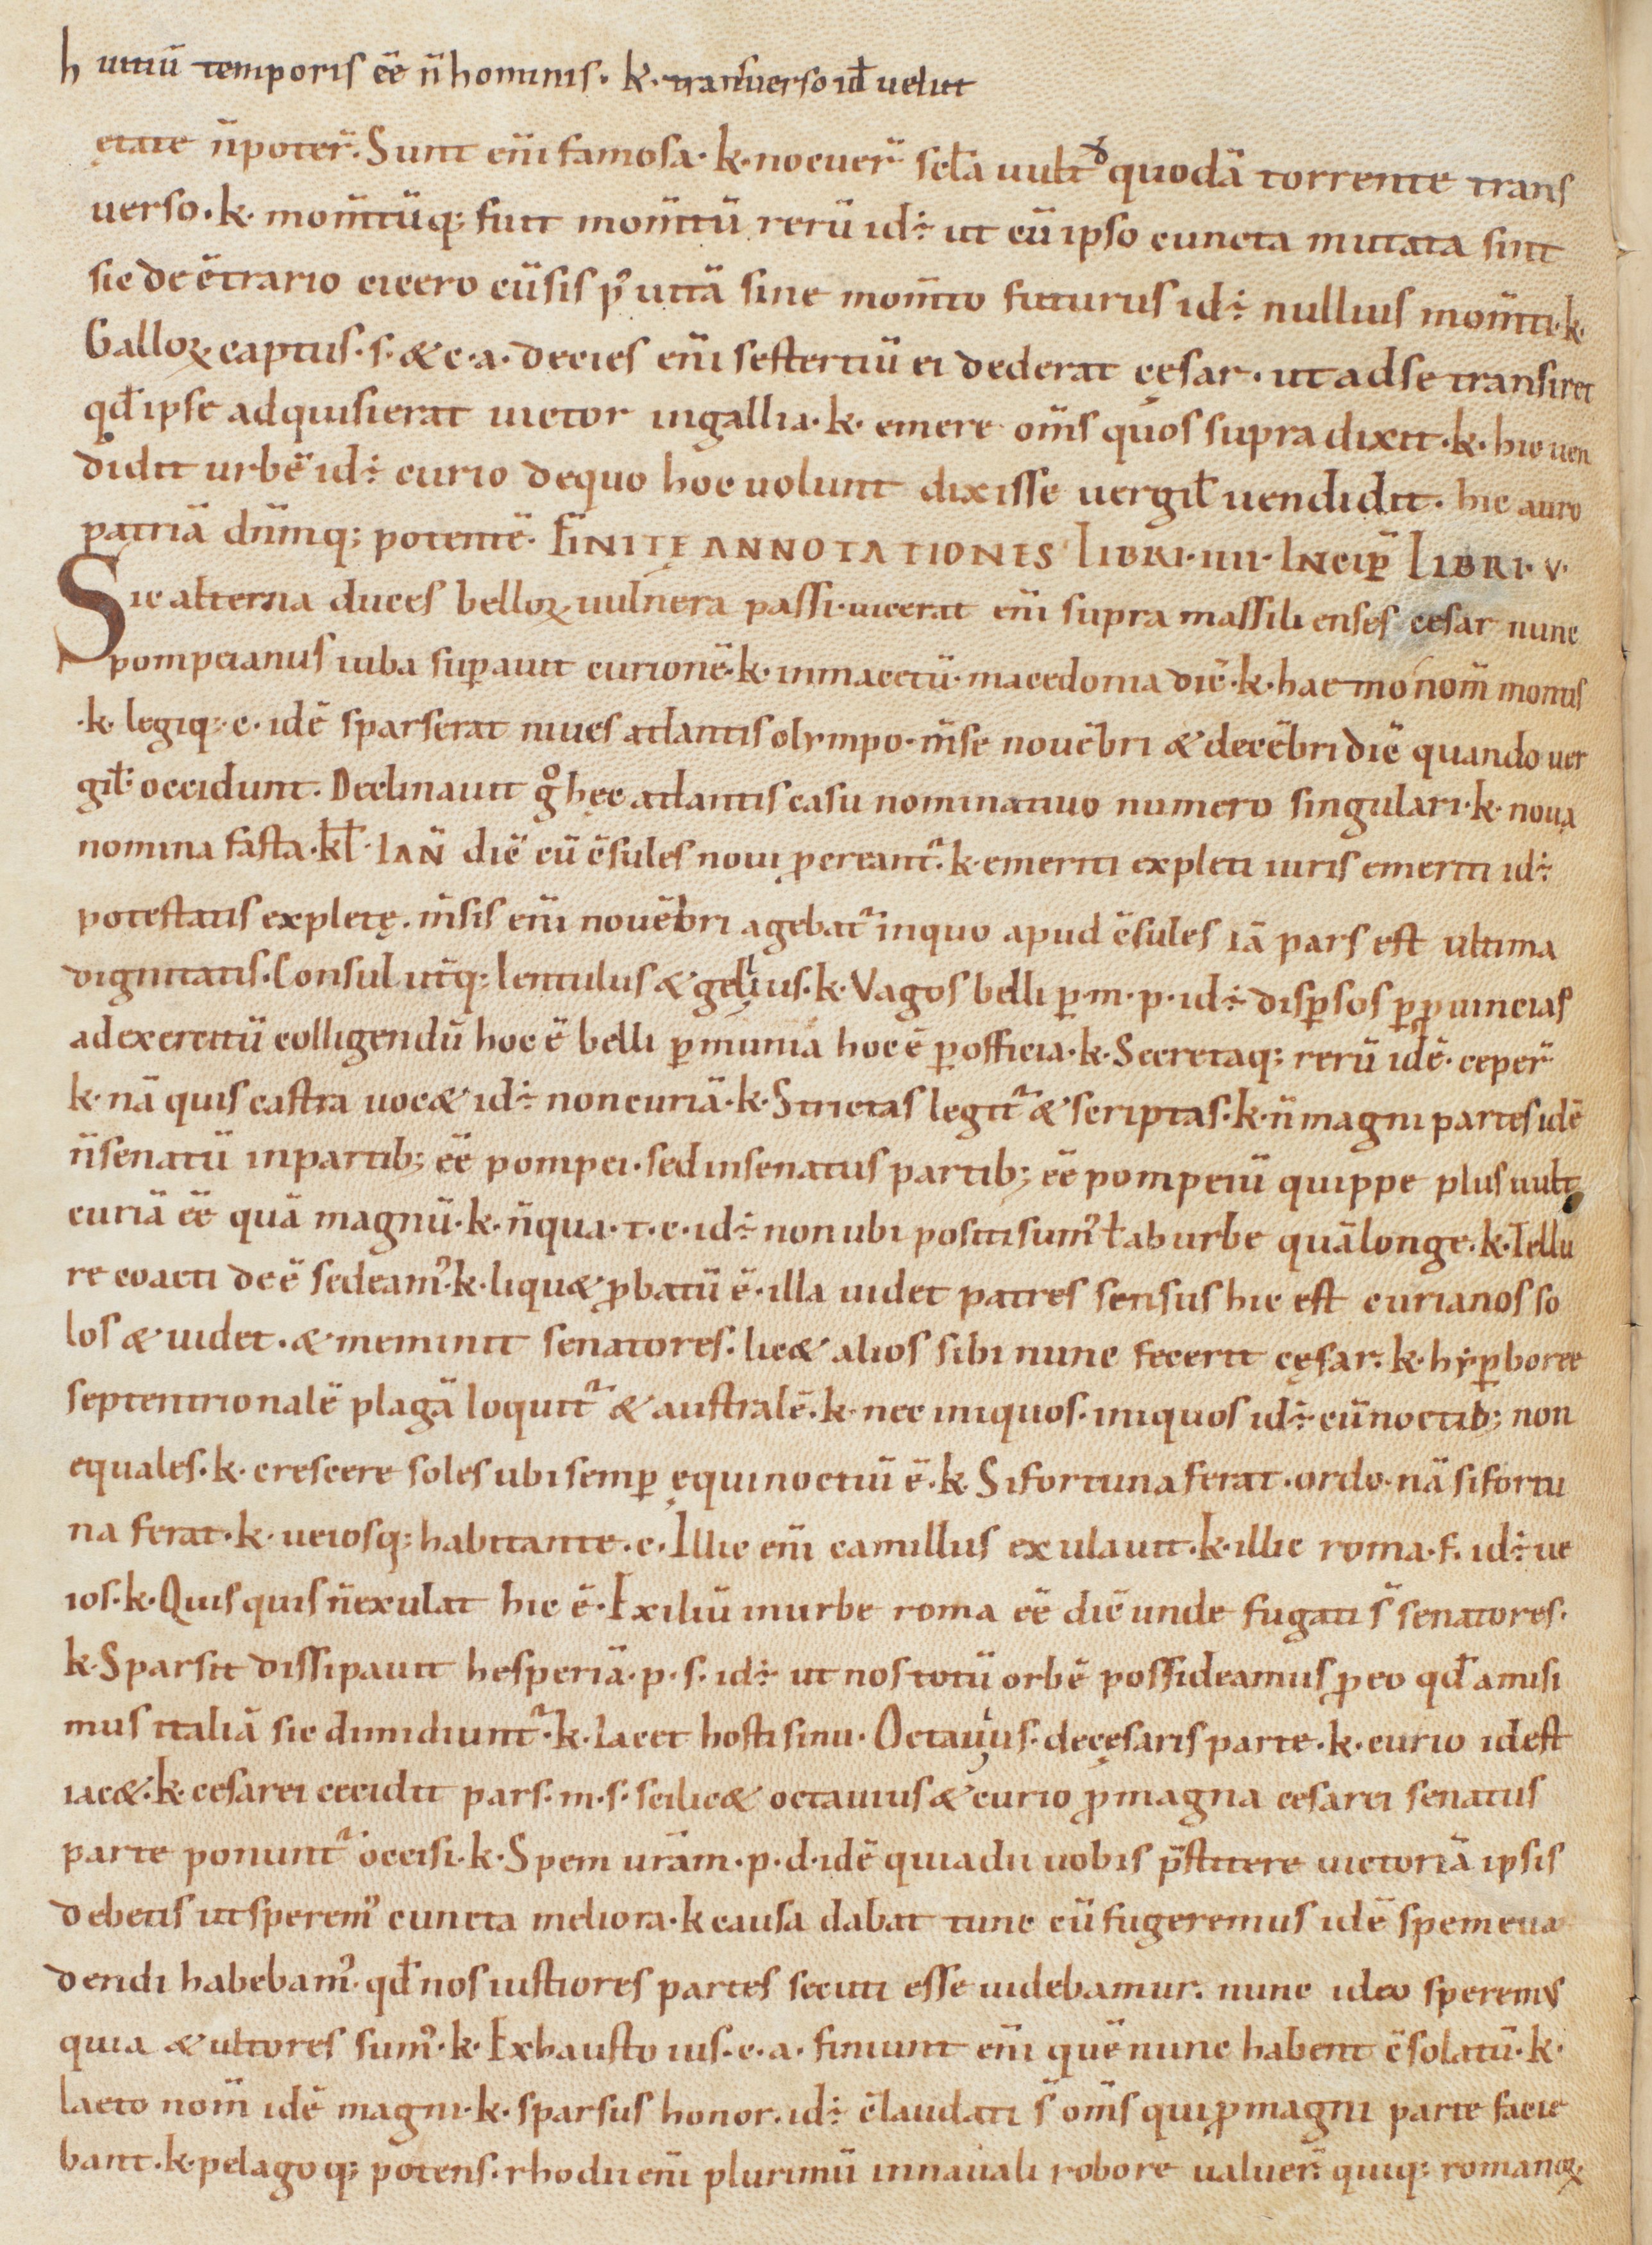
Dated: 1000–1099